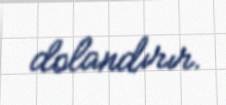
dolandırır.